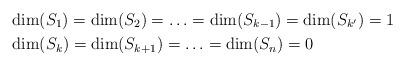
LaTeX: \begin{align*} &\dim(S_1)=\dim(S_2)=\ldots=\dim(S_{k-1})=\dim(S_{k'})=1\\ &\dim(S_k)=\dim(S_{k+1})=\ldots=\dim(S_n)=0 \end{align*}